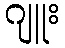
ဂျူး